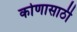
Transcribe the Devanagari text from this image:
कोणासाठी